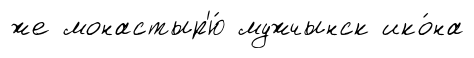
же монастыр'ю́ мужчынск ико́на